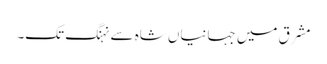
مشرق میں جہانیاں شاہ سے نہنگ تک۔